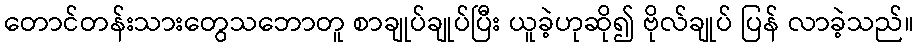
တောင်တန်းသားတွေသဘောတူ စာချုပ်ချုပ်ပြီး ယူခဲ့ဟုဆို၍ ဗိုလ်ချုပ် ပြန် လာခဲ့သည်။